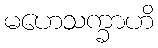
မဟေသက္ခာဟိ